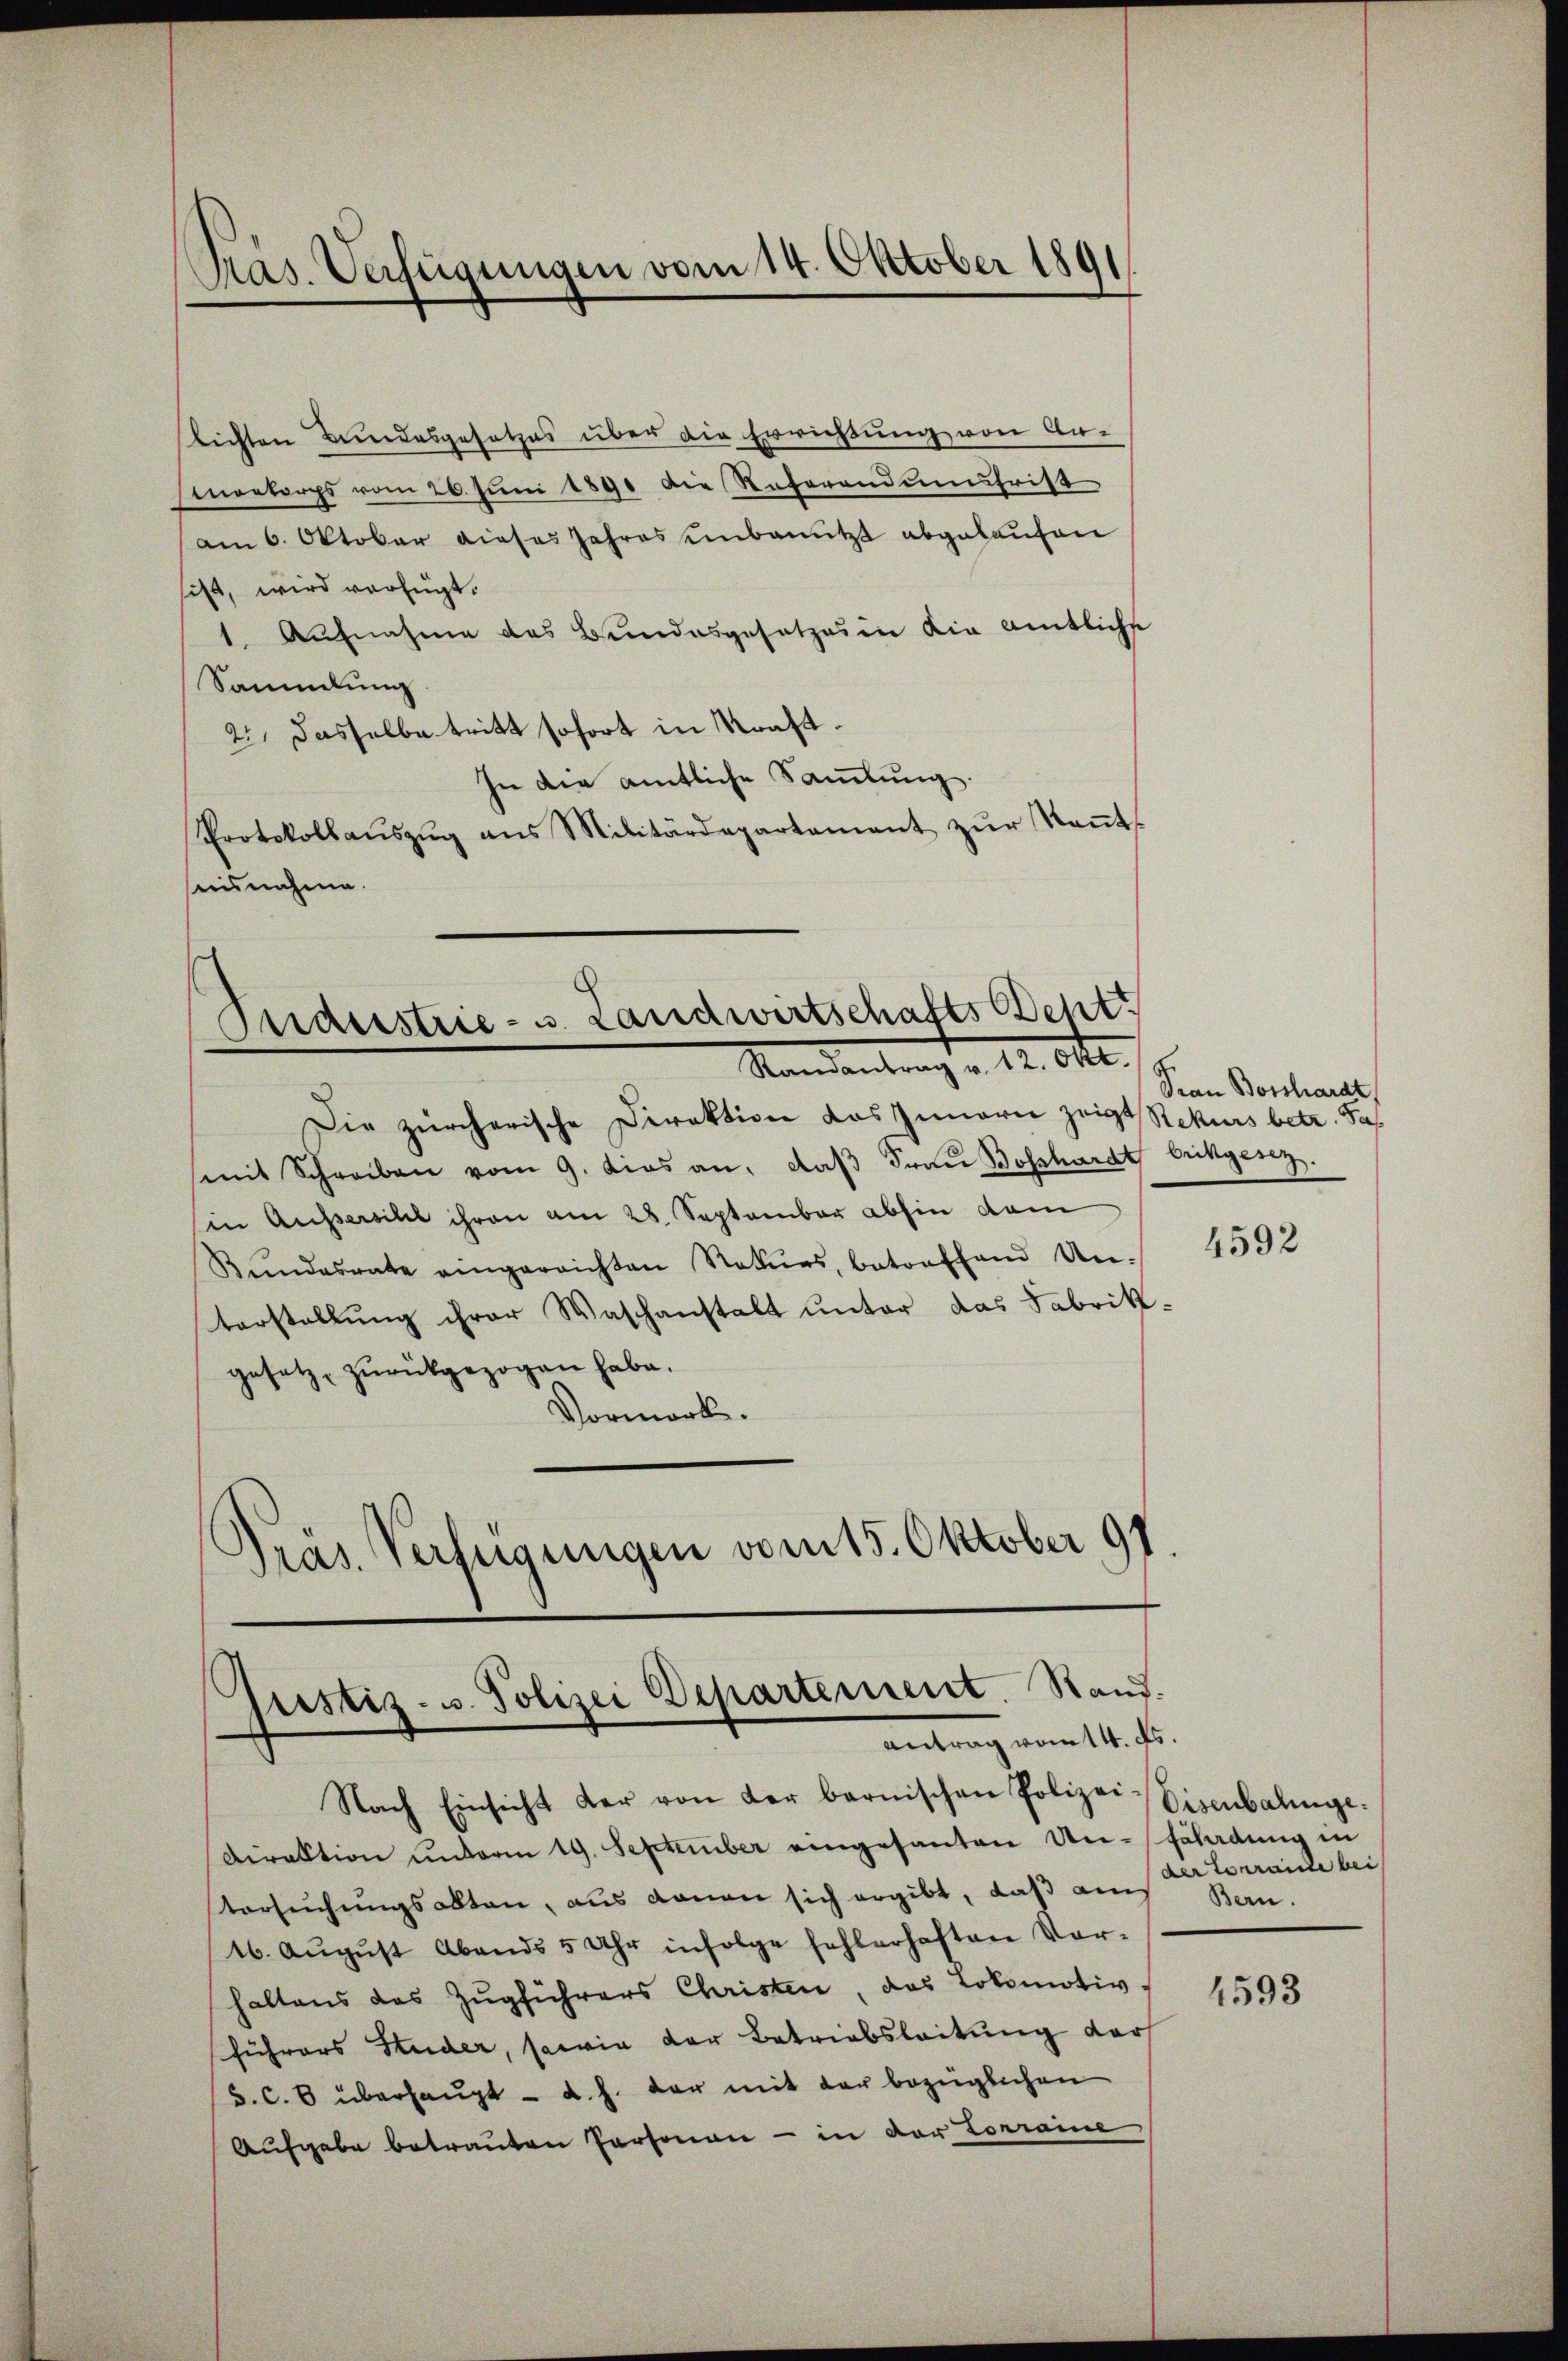
Pas. Verfügungen vom 14. Oktober 1891

lichten Bundesgesetzes über die Errichtung von An-
mortorps vom 26. Juni 1890 die Referandumsfrist
am 6. Oktober dieses Jahres einbenutzt abgelaufen
sist, wird verfügt.
1. Aufnahme des Bundesgesetzes in die amtliche
Sammlung
2.) Dasselbe tritt sofort in Kraft.
In die amtliche Samlung.
Protokollaŭszŭg ans Militärdepartement zŭr Keṅt-
sesnahme.

Praestrie - u. Landwirtschafts Sept.
Randantrag v. 12. Okt.

Die zürcherische Direktion das Innern zeigt Rekurs betr. Sa
mit Schreiben vom 9. dies an, daβ Fraŭ Bosshardt bichgenz.
sin Aussersihl ihren am 28. September abhin dem
Bŭndesrate eingereichten Naturs, betreffend Un-
terstellung ihrer Waschanstalt unter das Fabrikgesetz, zurückgezogen habe.
Vormerk.
Pras. Verfügungen vom 15. Oktober 91.

Justiz- u. Polizei Departement. Stand.
antrag vom 14. ds

Nach Einsicht der von der bernischen Polizei-Eisenbalinge¬
Diraktion unterm 19. September eingesanten Un-Fäladung in
tersuchungsakten, aus denen sich ergibt, daß am
16. Aŭgŭst Abends 5 Uhr infolge fehlerhaften Vor-
haltens des Zugführers Christen, das Lokomotiv,
führers Studer, sowie der Betriebsleitung dars
S. c. 8 überhaŭpt d. h. der mit der bezüglichen
Aufgabe betrauten Personen - in der Lorraine

Prau Bosshardt,

4592

der Terraite bei
Bern.

4593